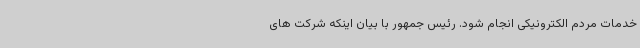
خدمات مردم الکترونیکی انجام شود. رئیس جمهور با بیان اینکه شرکت های